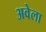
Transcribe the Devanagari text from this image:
अवेला